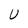
Character: U